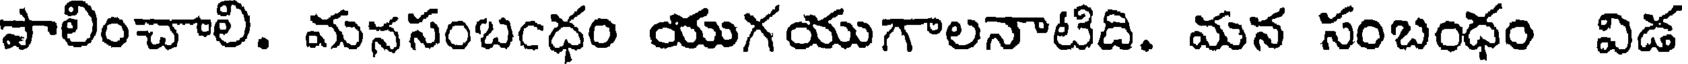
పాలించాలి. మనసంబంధం యుగయుగాలనాటిది. మన సంబంధం విడ